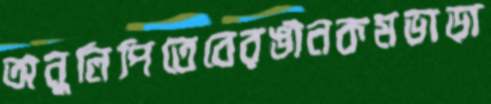
অনুলিপিতেবেরঙীনকমভাড়া